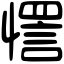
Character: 㦒